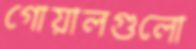
গোয়ালগুলো